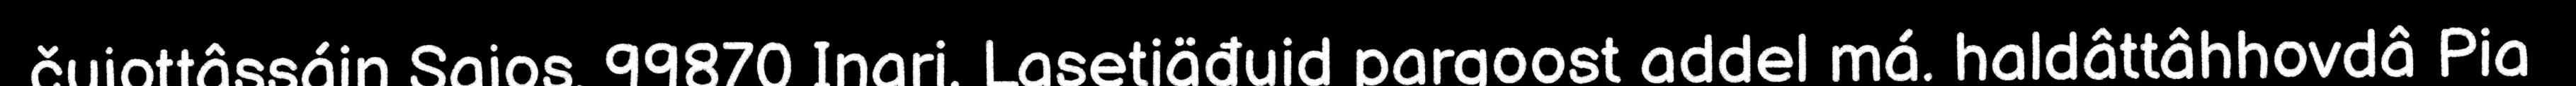
čujottâssáin Sajos, 99870 Inari. Lasetiäđuid pargoost addel má. haldâttâhhovdâ Pia